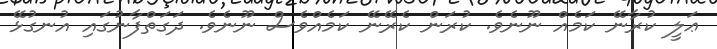
ޢަލީ ކުރާނޭ ކަމެއް ނޫނެވެ. ކުރަން ކެރޭނޭ ކަމެއްވެސް ނޫނެވެ. ދަގަތްފާނުގައި އުނގުޅޭ